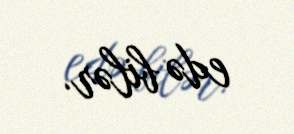
edə bilər.